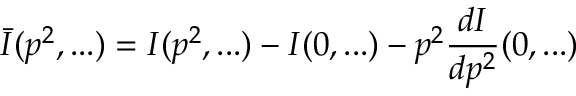
\bar { I } ( p ^ { 2 } , . . . ) = I ( p ^ { 2 } , . . . ) - I ( 0 , . . . ) - p ^ { 2 } \frac { d I } { d p ^ { 2 } } ( 0 , . . . )